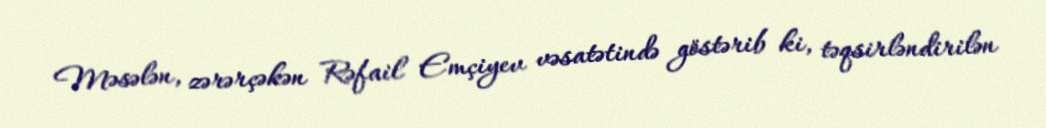
Məsələn, zərərçəkən Rəfail Emçiyev vəsatətində göstərib ki, təqsirləndirilən